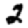
Digit: 2